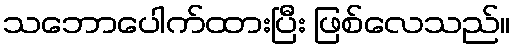
သဘောပေါက်ထားပြီး ဖြစ်လေသည်။